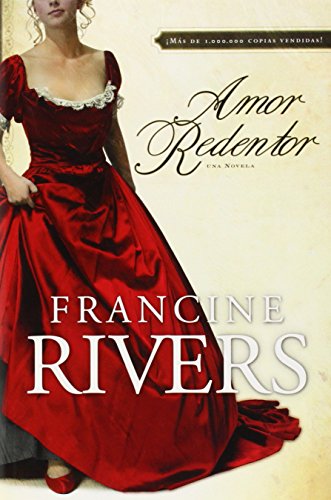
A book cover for Amor Redentor: Una novela (Redeeming Love,Spanish Edition); Francine Rivers; Romance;